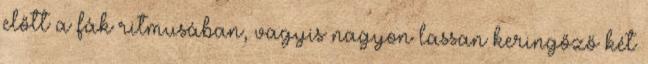
előtt a fák ritmusában, vagyis nagyon lassan keringőző két